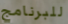
للبرنامج